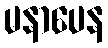
မနာပေန